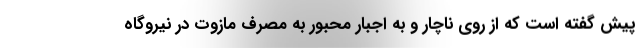
پیش گفته است که از روی ناچار و به اجبار محبور به مصرف مازوت در نیروگاه